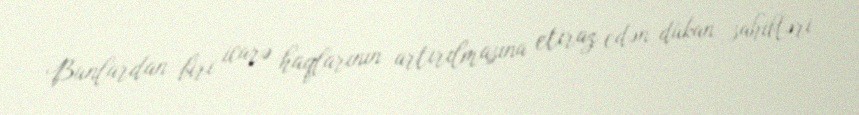
Bunlardan biri icarə haqlarının artırılmasına etiraz edən dükan sahibləri,